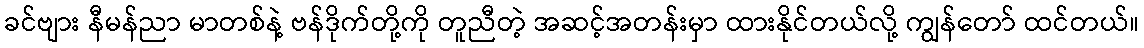
ခင်ဗျား နီမန်ညာ မာတစ်နဲ့ ဗန်ဒိုက်တို့ကို တူညီတဲ့ အဆင့်အတန်းမှာ ထားနိုင်တယ်လို့ ကျွန်တော် ထင်တယ်။